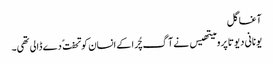
آغا گل
یونانی دیوتا پرومیتھیس نے آگ چُرا کے انسان کو تحفت ً دے ڈالی تھی۔